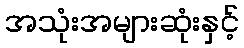
အသုံးအများဆုံးနှင့်